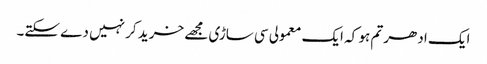
ایک ادھر تم ہو کہ ایک معمولی سی ساڑی مجھے خرید کر نہیں دے سکتے۔